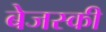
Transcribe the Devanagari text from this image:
बेजस्की